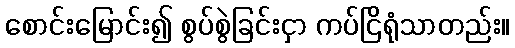
စောင်းမြောင်း၍ စွပ်စွဲခြင်းငှာ ကပ်ငြိရုံသာတည်း။